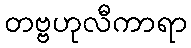
တဗ္ဗဟုလီကာရာ